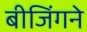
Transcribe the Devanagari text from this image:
बीजिंगने